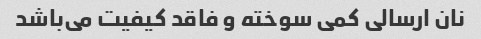
نان ارسالی کمی سوخته و فاقد کیفیت می‌باشد